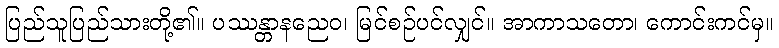
ပြည်သူပြည်သားတို့၏။ ပဿန္တာနညေဝ၊ မြင်စဉ်ပင်လျှင်။ အာကာသတော၊ ကောင်းကင်မှ။